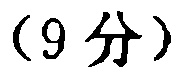
（9 分）